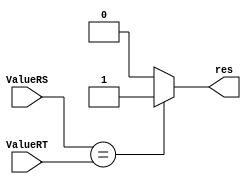
module comparador (ValueRS, ValueRT, res);
  input [31:0] ValueRS, ValueRT;
  output res;
  
  assign res = (ValueRS==ValueRT)?1'b1:1'b0;
endmodule 

module hazard(stall, IDEXMemRead, IDEXrt, Rt, Rs);
  input IDEXMemRead;
  input [4:0] IDEXrt, Rt, Rs;
  output stall;

  assign stall = (IDEXMemRead && ((IDEXrt==Rt) || (IDEXrt==Rs)));
endmodule 

module UnidadeControle(Opcode, RSRTEqual, Controls);
  parameter LW = 6'b100011, SW = 6'b101011, BEQ = 6'b000100, R = 6'b0;
  input [5:0] Opcode;                     
  input RSRTEqual;
  output [9:0] Controls;
  
  //Fazendo codificao do opcode e gerando os sinais de controle
  //IF.Flush,	Branch,	RegDst,	Aluop1,	Aluop0,	AluSrc,	MemWrite,	MemRead,	MemToReg,	RegWrite
  assign Controls = (Opcode==LW)? 10'b0000010111: ((Opcode==SW)? 10'b0000011000: ((Opcode==R)? 10'b0011000001: ((Opcode==BEQ)? ((RSRTEqual)? 10'b1100100000: 10'b0100100000): 10'b0000000000)));
  
endmodule

module UnidadeControle2(opcode, controls, RSRTEqual);
  input [5:0] opcode;
  output [9:0] controls;
  reg [9:0] controls; 
  input RSRTEqual;

  //Fazendo codificao do opcode e gerando os sinais de controle
  //IF.Flush,	Branch,	RegDst,	Aluop1,	Aluop0,	AluSrc,	MemWrite,	MemRead,	MemToReg,	RegWrite
  always @(opcode, RSRTEqual) begin
    case (opcode)
      6'b100011: controls = 10'b0000010111; //LW - 35
  	  6'b101011: controls = 10'b0000011000; //SW - 43
  	  6'b000000: controls = 10'b0011000001; //R
	  6'b000100: controls = (RSRTEqual)? 10'b1100100000: 10'b0100100000; //BEQ - 4
  	  default: $display ($time, "Erro: Unidade de Controle");
    endcase        
  end  
endmodule